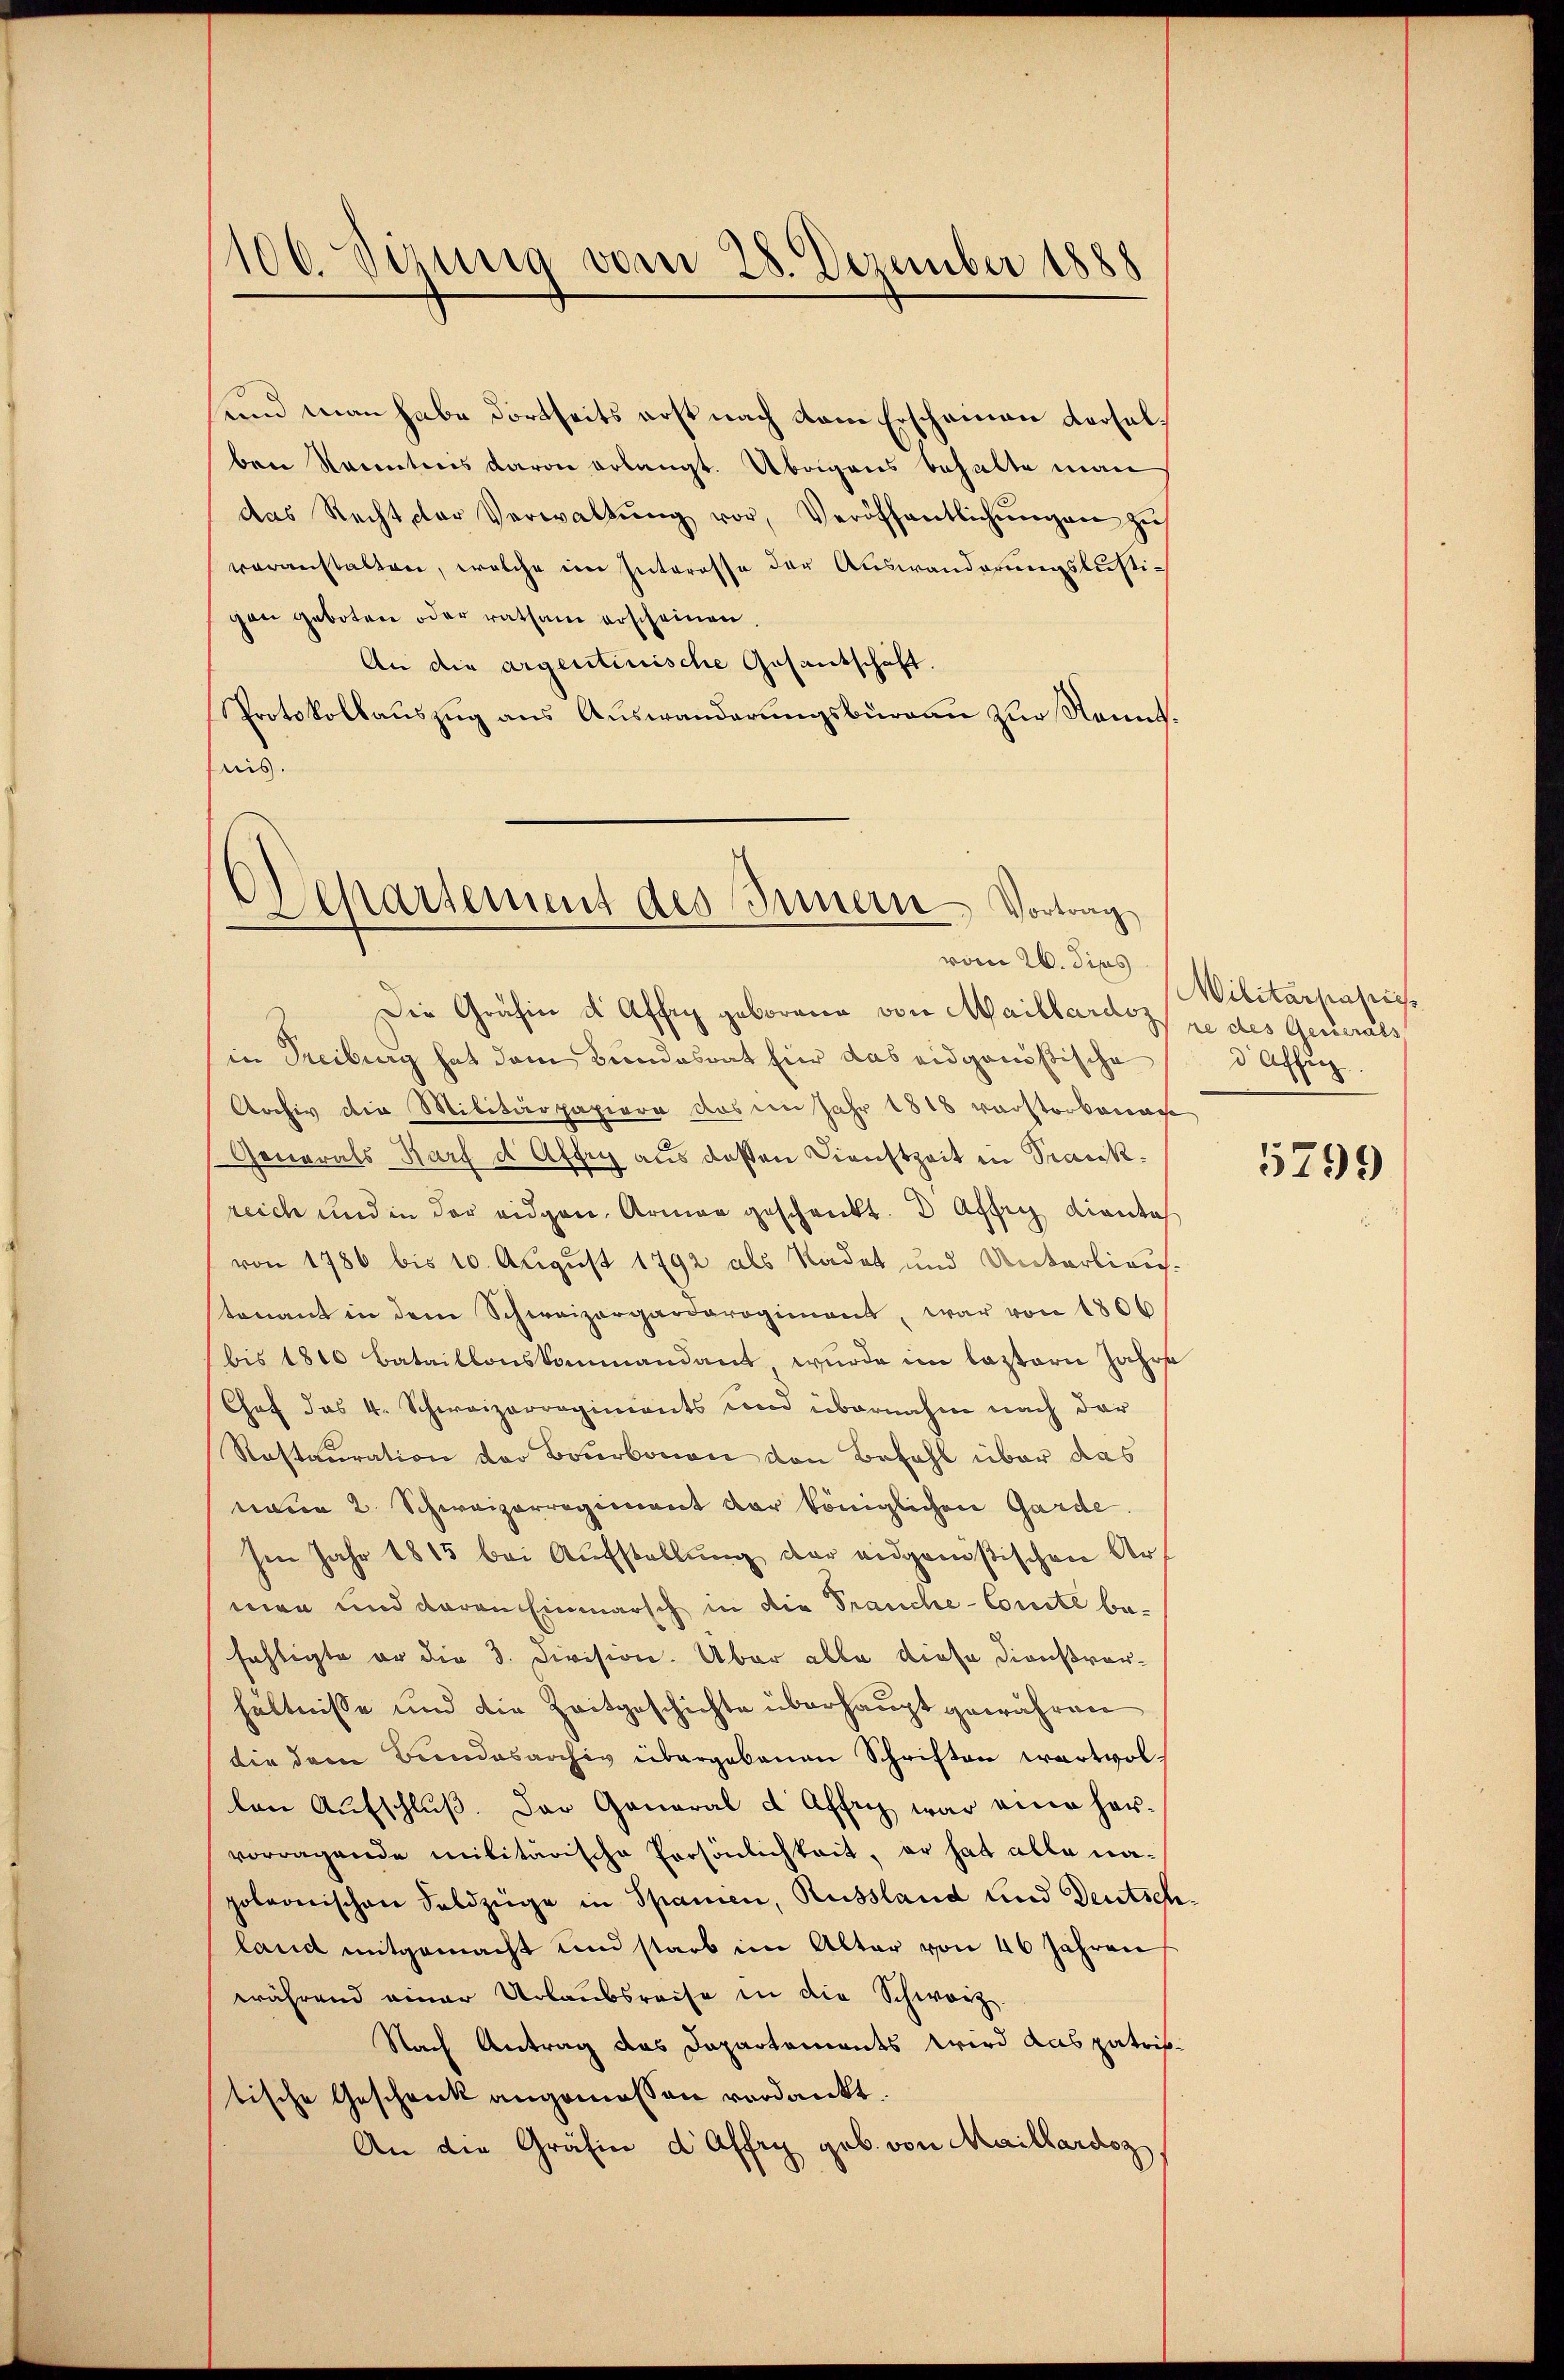
und man habe dortseits erst nach dem Erscheinen derselben Strenntnis davon erlangt. Übrigens behalte man
das Recht der Verwaltŭng vor, Veröffentlichŭngen zŭ
voranstalten, welche im Interesse der Auswanderungslustigen geboten oder ratsam erscheinen
An die argentinische Gesantschaft.
Protokollauszug aus Auswanderungsbureau zur Kenntreis.

100. Sizung vom 28. Dezember 1888

Separtement des Innern Vortrag
vom 26. Jips

Die Gräfin d Affig geborene von Maillardoz je des Generals
in Treiburg hat dem Bundesrat für das eidgenößische
Archiv die Militärpapiere das im Jahr 1848 verstorbenac
Generals Harf d Affry aus deßen Dienstzeit in Trackreich und in der eidgen. Armen geschenkt.  Assig dienta
von 1786 bis 10. August 1792 als Radet und Verkarlinertenant in dem Schweizorgarderogiment, war von 1806
bis 1810 Bataillonskammandant wurde im leztern Jahre
Chef das 4. Schweizerregiments und übernahm nach der
Rastauration vor Bourbonen von Bezahl über das
naden 2. Schweizerregiment der königlichen Garde.
sen Jahr 1815 bei Aufstellung der eidgenößischen Armen und daran Einmarsch in die Frauche-Comite be-
fechtigte er die 3. Division. Über alle diese Dienstvorhältnisse und die Zeitgeschichte überhaupt gewähren
die dem Bundesarchiv übergebenen Schriften wertvol
len Aufschluß. Das General d Affich war eine hervorragende militärische Persönlichkeit, er hat alle napoleonischen Feldzüge in Spanien, Russland und Deutschland mitgemacht und starb im Alter von 46 Jahren
während einer Urlaubsreise in die Schwarz
Nach Antrag das Departements wird aus patris-
tische Geschenk angemessen verdankt.
An die Gräfin d’Affry geb. von Maillardoz

Militärpapied Aff

5799